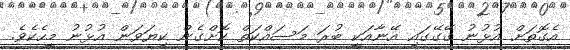
އެގޮތަށް އުޅުނު ގޭގޭގައި އޭނާއަކީ ބުރަ މަސައްކަތް ކޮށްގެން ކިޔަވަން އުޅުނު މީހެކެވެ.